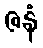
ဇနံ